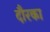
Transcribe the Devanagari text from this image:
दौरका